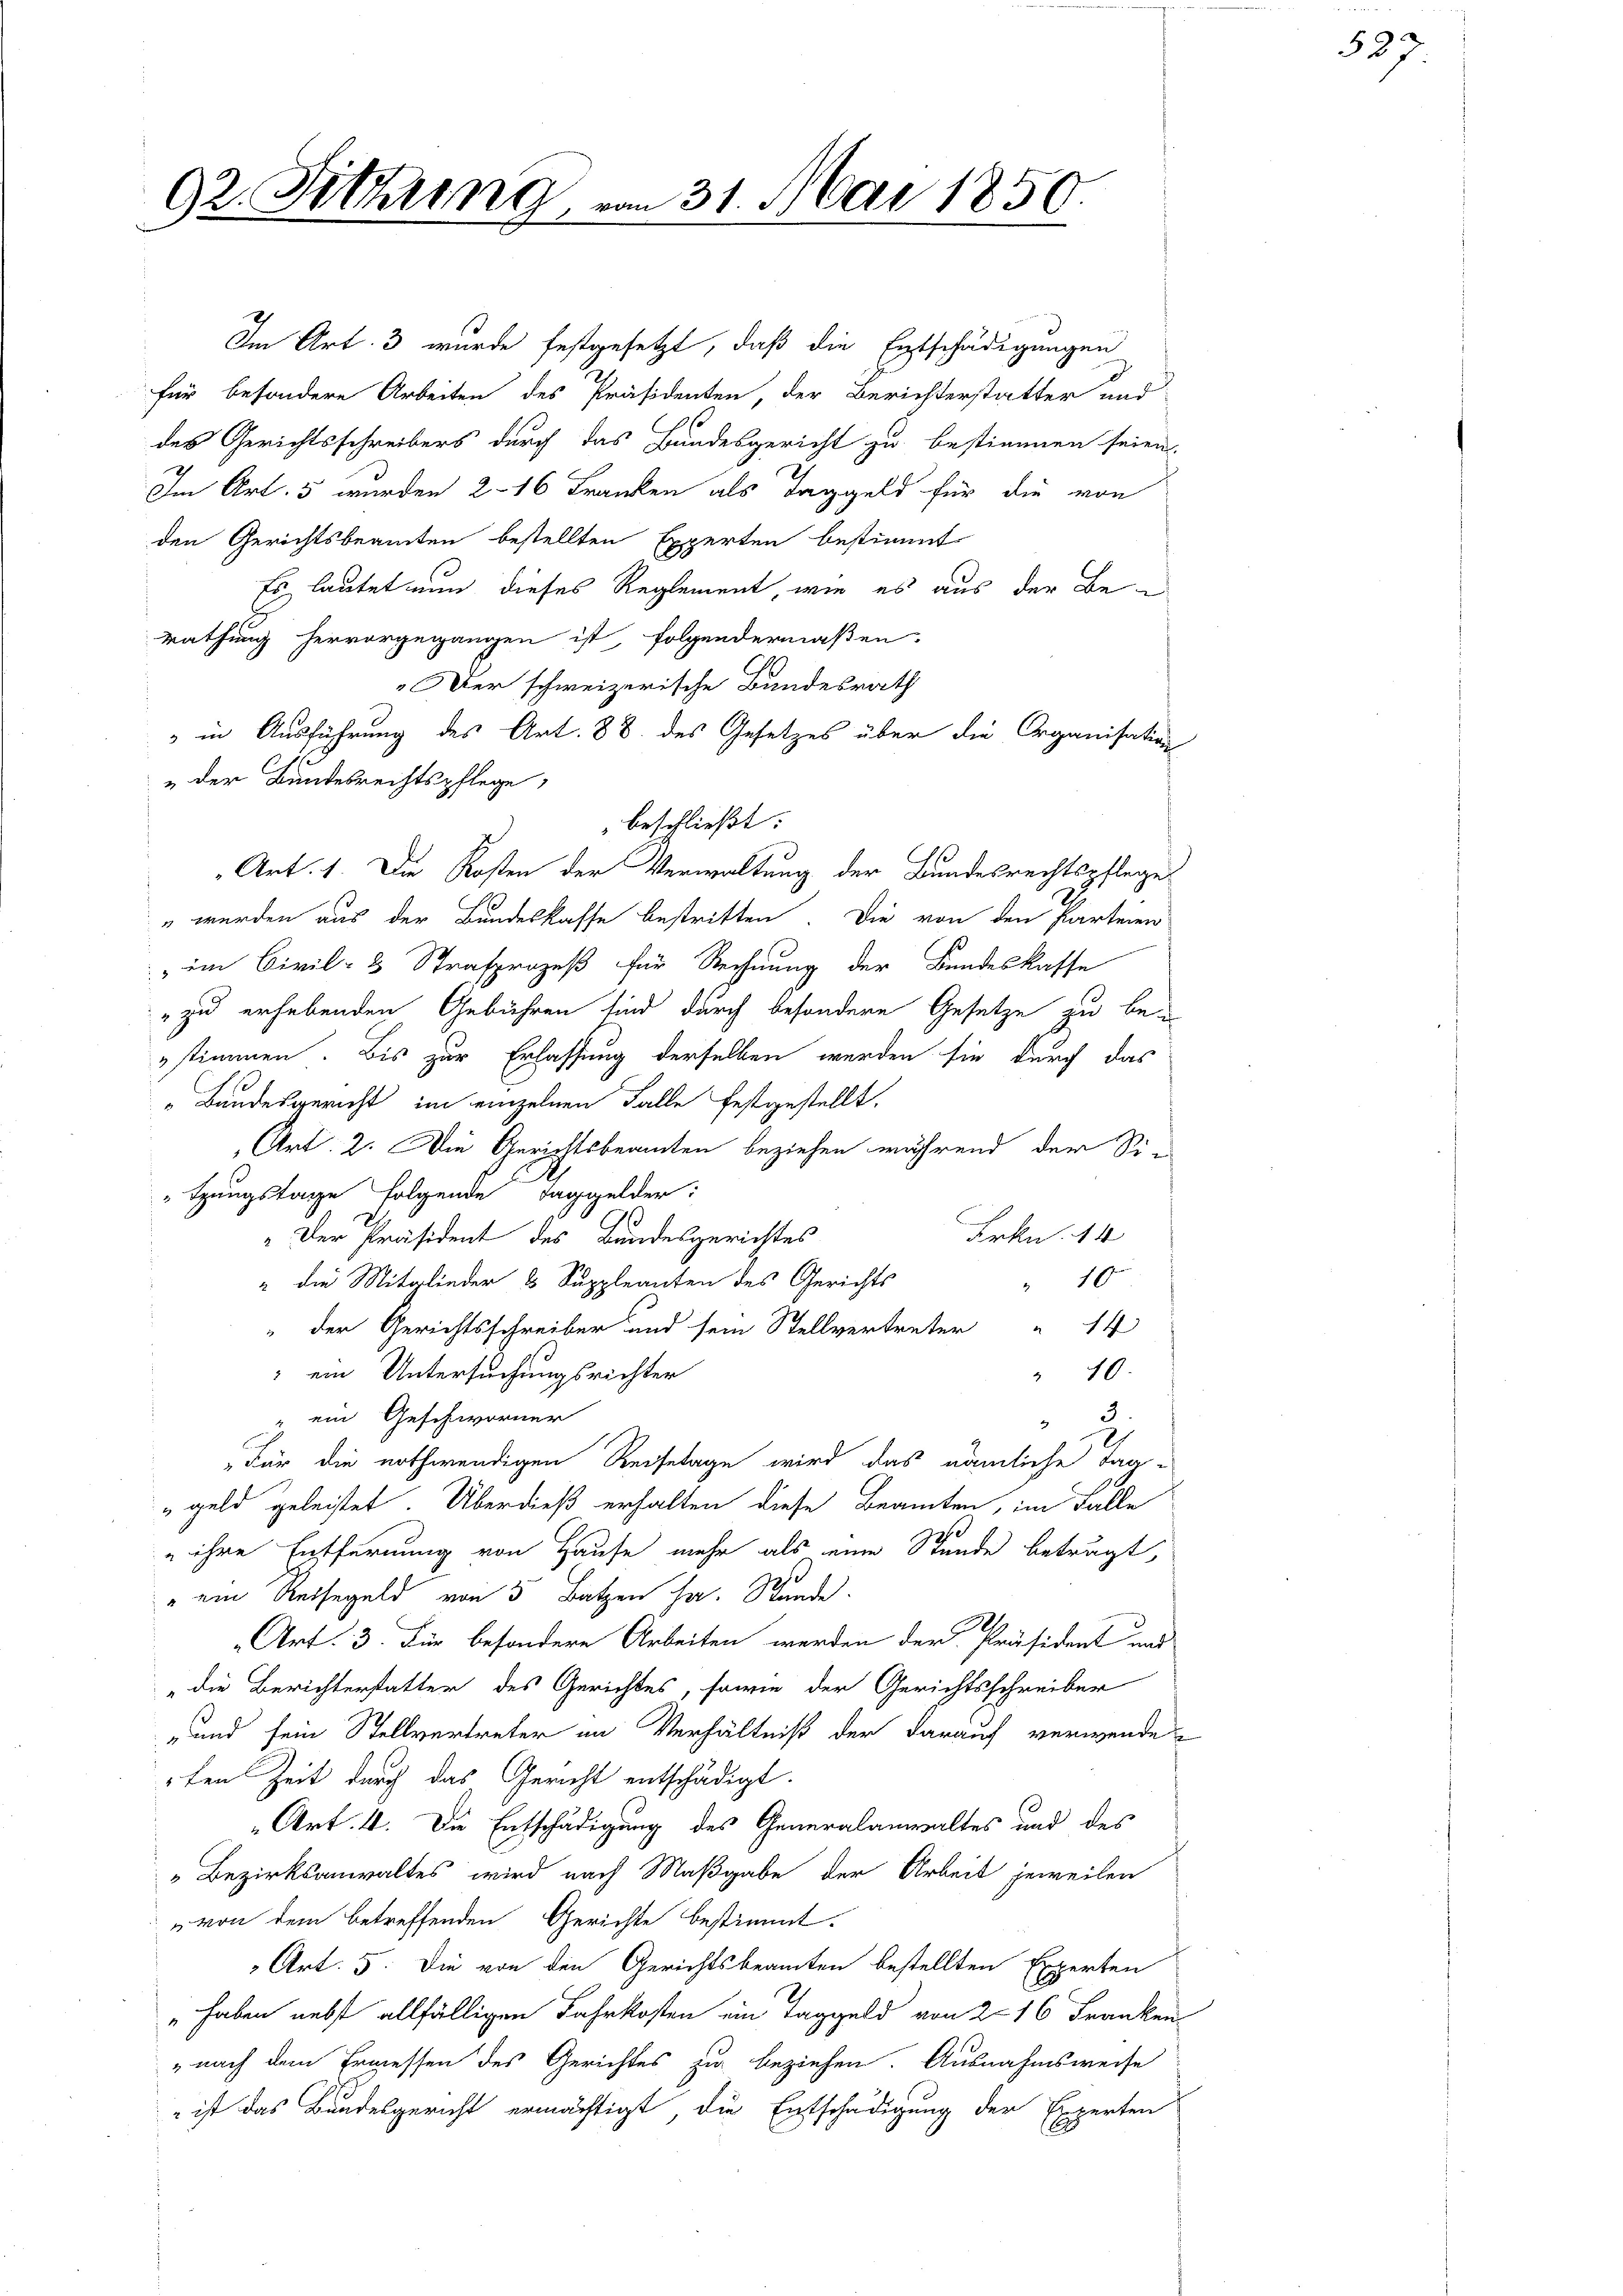
92. Fitting,

Im Art. 3 wurde festgesetzt, daß die Entschädigungen
für besondere Arbeiten des Präsidenten, der Berichterstatter und
des Gerichtsschreibers durch das Bundesgericht zu bestimmen seien.
Im Art. 5 wurden 2 - 16 Franken als Taggeld für die von
den Gerichtsbeamten bestellten Experten bestimmt
Es lautet nun dieses Reglement, wie es aus der Be
rathung hervorgegangen ist, folgendermaßen.
Der schweizerische Bundesrath
 in Ausführung des Art. 88. des Gesetzes über die Organisation
„der Bundesrechtspflege
beschließt:
Art. 1. Die Kosten der Verwaltung der Bundesrechtspflege
" werden aus der Bundeskasse bestritten. Die von den Parteien
" im Civil- & Strafprozeß für Rechnung der Bundeskasse
" zu erhebenden Gebühren sind durch besondere Gesetze zu bei
stimmen. Bis zur Erlassung derselben werden sie durch das
" Bandesgericht im einzelnen Falle festgestellt.
Art: 2. Die Gerichtsbeamten beziehen während der Si¬
"tzungstage folgende Taggelder:
Frkn. 14
„Der Präsident des Bundesgerichtes
" die Mitglieder 3 Suppleanten des Gerichts
10
" der Gerichtsschreiber und sein Stellvertreter " 14
" ein Untersuchungsrichter
40.
3.
ein Geschworner
Für die nothwendigen Reisetage wird das nämliche Tag-
"geld geleistet. Überdieß erhalten diese Beamten, im Falle
 ihre Entfernung von Hause mehr als eine Stunde beträgt,
" ein Aussegeld von 5 Batzen ha. Stunde.
Art. 3. Für besondere Arbeiten werden der Präsident und
„die Berichterstatter des Gerichtes, sowie der Gerichtsschreiber
-und sein Stellvertreter im Verhältniß der darauf verwende
rten Zeit durch das Gericht entschädigt.
„Art. 4. Die Entschädigung des Generalanwaltes und des
" Bezirksanwaltes wird nach Maßgabe der Arbeit jeweilen
von dem betreffenden Gerichte bestimmt.
Art. 5. Die von den Gerichtsbeamten bestellten Experten
" haben nebst allfälligen Fahrkosten ein Taggeld von 2. 16 Franken
" nach dem Ermessen des Gerichtes zu beziehen. Ausnahmsweise
 ist das Bundesgericht ermächtigt, die Entschädigung der Experten

31. Mai 1850.

337.